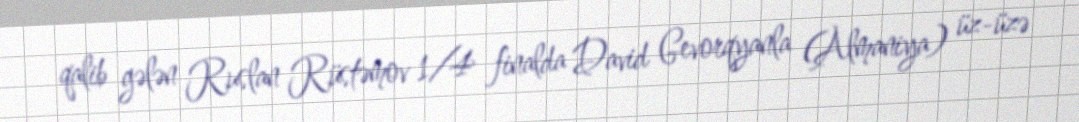
qalib gələn Ruslan Rüstəmov 1/4 finalda David Gevorqyanla (Almaniya) üz-üzə